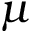
\mu